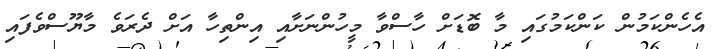
އެހެންކަމުން ކަންކަމުގައި މާ ބޮޑަށް ހާސްވާ މީހުންނަށާއި އިންތިހާ އަށް ދެރަވެ މާޔޫސްވެފައި